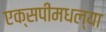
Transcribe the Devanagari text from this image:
एक्सपीमधल्या